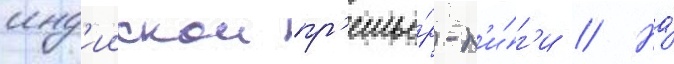
инд'иискои пр'емье́р-л'и́г'и // На́